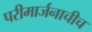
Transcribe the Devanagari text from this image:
परीमार्जनाचीच